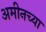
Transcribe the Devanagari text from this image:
अमीनच्या